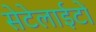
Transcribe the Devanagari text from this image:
सेटेलाईटों